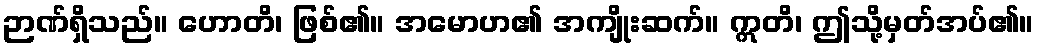
ဉာဏ်ရှိသည်။ ဟောတိ၊ ဖြစ်၏။ အမောဟ၏ အကျိုးဆက်။ ဣတိ၊ ဤသို့မှတ်အပ်၏။